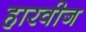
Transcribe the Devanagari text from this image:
हारवीज